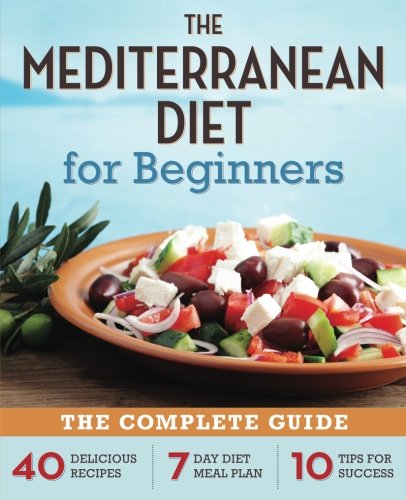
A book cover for Mediterranean Diet for Beginners: The Complete Guide - 40 Delicious Recipes, 7-Day Diet Meal Plan, and 10 Tips for Success; Rockridge Press; Cookbooks, Food & Wine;